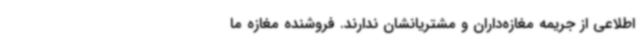
اطلاعی از جریمه مغازه‌داران و مشتریانشان ندارند. فروشنده مغازه ما